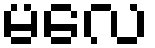
မလေ